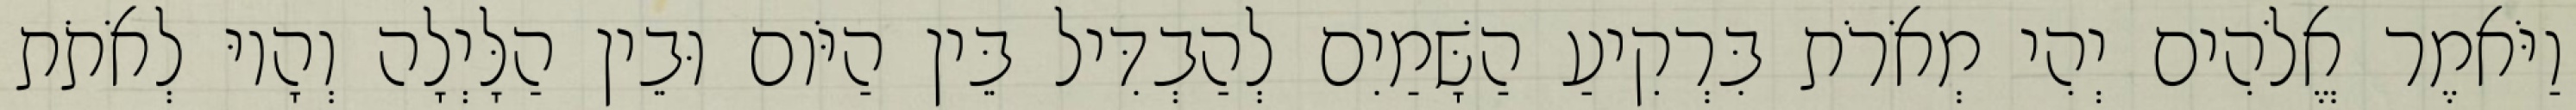
וַיֹּאמֶר אֱלֹהִים יְהִי מְאֹרֹת בִּרְקִיעַ הַשָּׁמַיִם לְהַבְדִּיל בֵּין הַיֹּום וּבֵין הַלָּיְלָה וְהָיוּ לְאֹתֹת